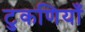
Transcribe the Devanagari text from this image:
टुकणियाँ